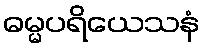
ဓမ္မပရိယေသနံ